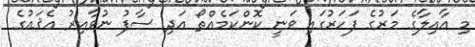
މި އާއިލާގެ މަރުގެ ފަހަރުގައި ވަނީ ކޮންކަމެއްތޯ އަދި ސާފު ނުވާއިރު އެޤައުގެ